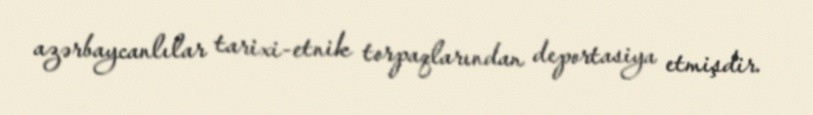
azərbaycanlılar tarixi-etnik torpaqlarından deportasiya etmişdir.